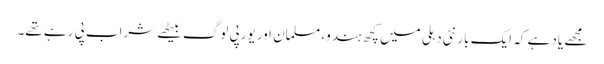
مجھے یاد ہے کہ ایک بار نئی دہلی میں کچھ ہندو، مسلمان اور یورپی لوگ بیٹھے شراب پی رہے تھے۔